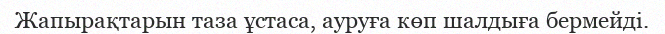
Жапырақтарын таза ұстаса, ауруға көп шалдыға бермейді.